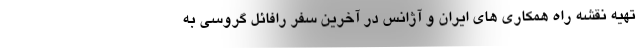
تهیه نقشه راه همکاری های ایران و آژانس در آخرین سفر رافائل گروسی به